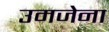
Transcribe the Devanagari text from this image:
उमजेना